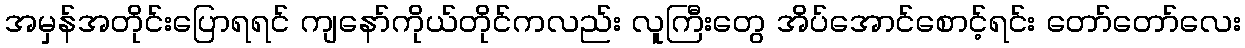
အမှန်အတိုင်းပြောရရင် ကျနော်ကိုယ်တိုင်ကလည်း လူကြီးတွေ အိပ်အောင်စောင့်ရင်း တော်တော်လေး